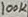
Text: 100K